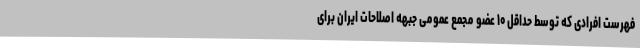
فهرست افرادی که توسط حداقل ۱۰ عضو مجمع عمومی جبهه اصلاحات ایران برای